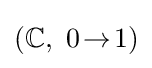
(\mathbb {C} ,~0\!\rightarrow \!1)